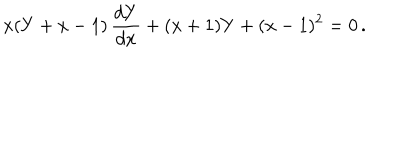
LaTeX: x ( Y + x - 1 ) \, \frac { d Y } { d x } + ( x + 1 ) Y + ( x - 1 ) ^ { 2 } = 0 \, .